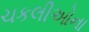
ચકલીઓના